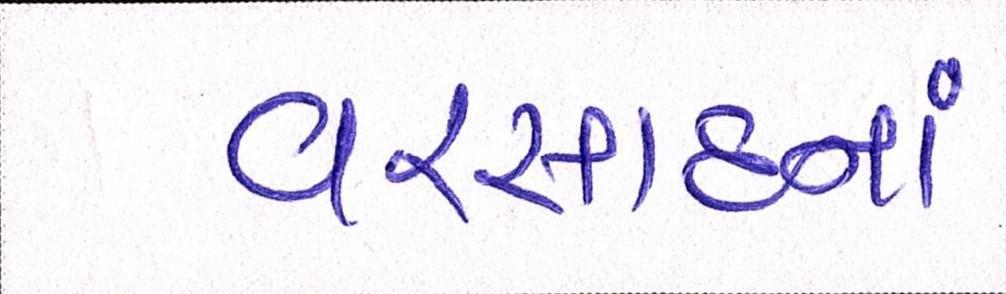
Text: વરસાદનાં